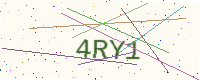
Text: 4RY1